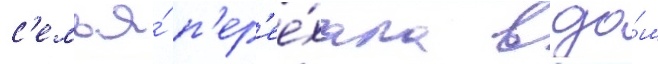
с'емья́ п'ер'ее́хала в до́м